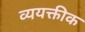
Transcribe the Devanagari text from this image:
व्ययक्तीक